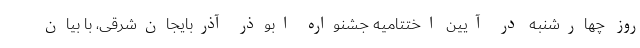
روز چهارشنبه در آیین اختتامیه جشنواره ابوذر آذربایجان‌شرقی، با بیان